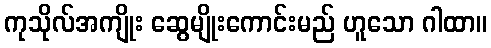
ကုသိုလ်အကျိုး ဆွေမျိုးကောင်းမည် ဟူသော ဂါထာ။